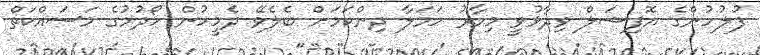
ފުލުހުންގެ އޮފިޝަލް ވިދާޅުވީ މިހާރު ހަމަލާ ދިންކަމަށް ބެލެވޭ ދެމީހުން ހޯދުމުގެ މަސައްކަތް